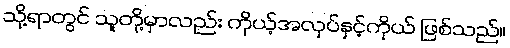
သို့ရာတွင် သူတို့မှာလည်း ကိုယ့်အလုပ်နှင့်ကိုယ် ဖြစ်သည်။